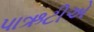
પાઋટીએ